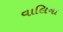
વાલિના